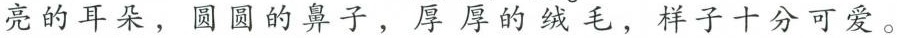
亮的耳朵，圆圆的鼻子，厚厚的绒毛，样子十分可爱。